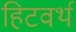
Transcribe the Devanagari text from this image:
हिटवर्थ